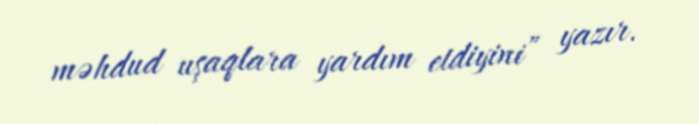
məhdud uşaqlara yardım etdiyini” yazır.